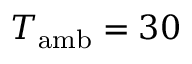
T _ { \mathrm { a m b } } = 3 0